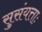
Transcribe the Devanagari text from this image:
सुसंयत्ताः